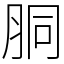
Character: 胴